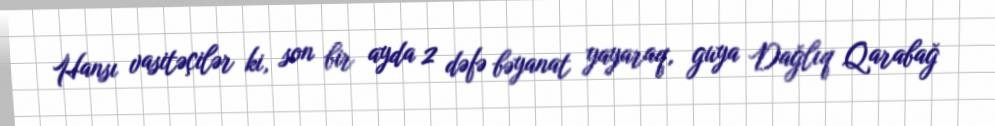
Hansı vasitəçilər ki, son bir ayda 2 dəfə bəyanat yayaraq, guya Dağlıq Qarabağ